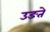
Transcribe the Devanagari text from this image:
उङते